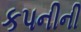
કપનીની